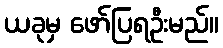
ယခုမှ ဖော်ပြရဦးမည်။